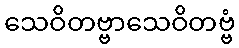
သေဝိတဗ္ဗာသေဝိတဗ္ဗံ